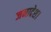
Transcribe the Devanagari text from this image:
जनादेश।